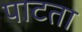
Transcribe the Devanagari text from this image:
पाटता